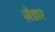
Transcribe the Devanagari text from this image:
ज़ेडार